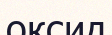
оксид